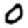
Digit: 0